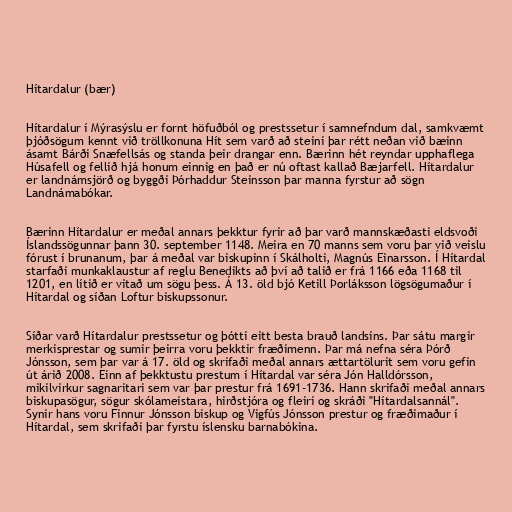
Hítardalur (bær)

Hítardalur í Mýrasýslu er fornt höfuðból og prestssetur í samnefndum dal, samkvæmt
þjóðsögum kennt við tröllkonuna Hít sem varð að steini þar rétt neðan við bæinn
ásamt Bárði Snæfellsás og standa þeir drangar enn. Bærinn hét reyndar upphaflega
Húsafell og fellið hjá honum einnig en það er nú oftast kallað Bæjarfell. Hítardalur
er landnámsjörð og byggði Þórhaddur Steinsson þar manna fyrstur að sögn
Landnámabókar.

Bærinn Hítardalur er meðal annars þekktur fyrir að þar varð mannskæðasti eldsvoði
Íslandssögunnar þann 30. september 1148. Meira en 70 manns sem voru þar við veislu
fórust í brunanum, þar á meðal var biskupinn í Skálholti, Magnús Einarsson. Í Hítardal
starfaði munkaklaustur af reglu Benedikts að því að talið er frá 1166 eða 1168 til
1201, en lítið er vitað um sögu þess. Á 13. öld bjó Ketill Þorláksson lögsögumaður í
Hítardal og síðan Loftur biskupssonur.

Síðar varð Hítardalur prestssetur og þótti eitt besta brauð landsins. Þar sátu margir
merkisprestar og sumir þeirra voru þekktir fræðimenn. Þar má nefna séra Þórð
Jónsson, sem þar var á 17. öld og skrifaði meðal annars ættartölurit sem voru gefin
út árið 2008. Einn af þekktustu prestum í Hítardal var séra Jón Halldórsson,
mikilvirkur sagnaritari sem var þar prestur frá 1691-1736. Hann skrifaði meðal annars
biskupasögur, sögur skólameistara, hirðstjóra og fleiri og skráði "Hítardalsannál".
Synir hans voru Finnur Jónsson biskup og Vigfús Jónsson prestur og fræðimaður í
Hítardal, sem skrifaði þar fyrstu íslensku barnabókina.